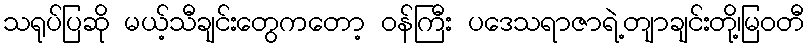
သရုပ်ပြဆို မယ့်သီချင်းတွေကတော့ ဝန်ကြီး ပဒေသရာဇာရဲ့တျာချင်းတို့၊မြဝတီ